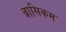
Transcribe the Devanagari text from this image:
ब्रासिकम